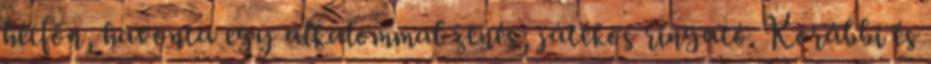
hétfőn, havonta egy alkalommal zenés, játékos ringató. Korábbi és